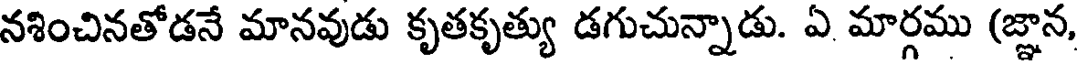
నశించినతోడనే మానవుడు కృతకృత్యు డగుచున్నాడు. ఏ. మార్గము (జ్ఞాన,